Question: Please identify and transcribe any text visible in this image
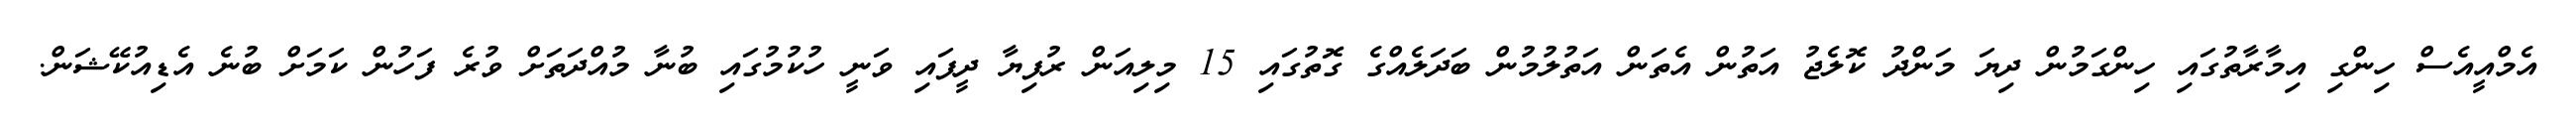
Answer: އެމްއީއެސް ހިންގި އިމާރާތުގައި ހިންގަމުން ދިޔަ މަންދު ކޮލެޖު އަތުން އެތަން އަތުލުމުން ބަދަލެއްގެ ގޮތުގައި 15 މިލިއަން ރުފިޔާ ދީފައި ވަނީ ހުކުމުގައި ބުނާ މުއްދަތަށް ވުރެ ފަހުން ކަމަށް ބުނެ އެޑިއުކޭޝަން.